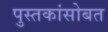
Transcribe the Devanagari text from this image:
पुस्तकांसोबत